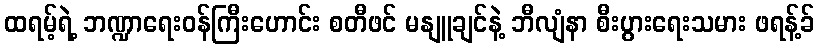
ထရမ့်ရဲ့ ဘဏ္ဍာရေးဝန်ကြီးဟောင်း စတီဖင် မနျူချင်နဲ့ ဘီလျံနာ စီးပွားရေးသမား ဖရန့်ခ်